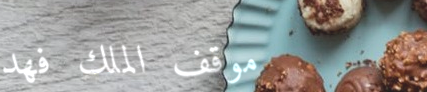
موقف الملك فهد